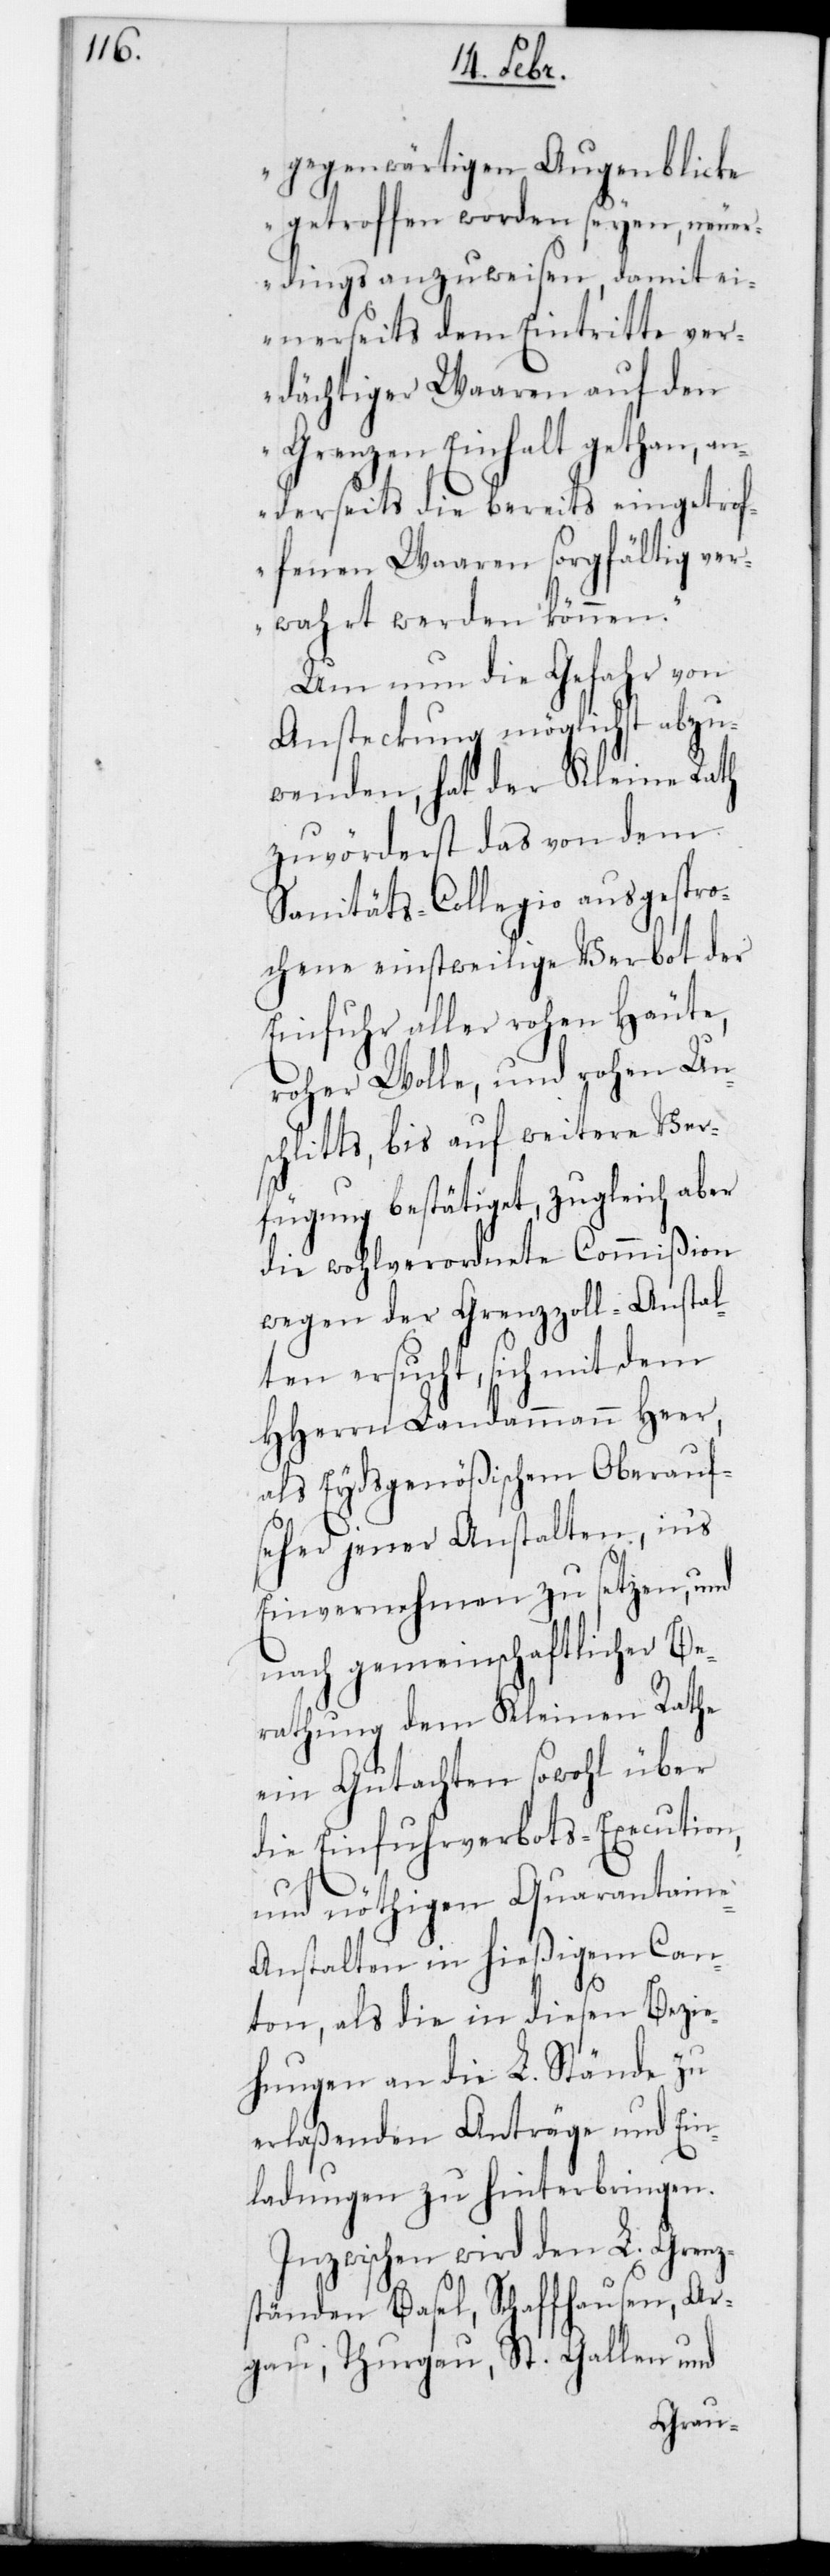
gegenwärtigen Augenblicke
getroffen worden seyen, neue¬
rdings anzuweisen, damit ei¬
nerseits dem Eintritte ver¬
dächtiger Waren auf den
Grenzen Einhalt gethan, an¬
derseits die bereits eingetrof¬
fenen Waren sorgfältig ver¬
wahrt werden können“.
Um nun die Gefahr von
Ansteckung möglichst abzu¬
wenden, hat der Kleine Rath
zuvörderst das von dem
Sanitäts-Collegio ausgespro¬
chene einstweilige Verbot der
Einfuhr aller rohen Häute,
roher Wolle und rohen Un¬
schlitts, bis auf weitere Ver¬
fügung bestätiget, zugleich aber
die wohlverordnete Commißion
wegen der Grenzzoll-Anstal¬
ten ersucht, sich mit dem
HHerrn Landammann Heer,
als Eydsgenößischem Oberauf¬
seher jener Anstalten, in‘s
Einvernehmen zu setzen, und
nach gemeinschaftlicher Be¬
rathung dem Kleinen Rathe
ein Gutachten sowohl über
die Einfuhrverbots-Execution,
und nöthigen Quarantaine-A¬
nstalten in hießigem Can¬
ton, als die in diesen Bezie¬
hungen an die L. Stände zu
erlaßenden Anträge und Ein¬
ladungen zu hinterbringen.
Inzwischen wird den L. Grenz¬
ständen Basel, Schaffhausen, Ar¬
gau, Thurgau, St. Gallen und